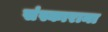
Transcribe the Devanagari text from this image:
संस्काराना